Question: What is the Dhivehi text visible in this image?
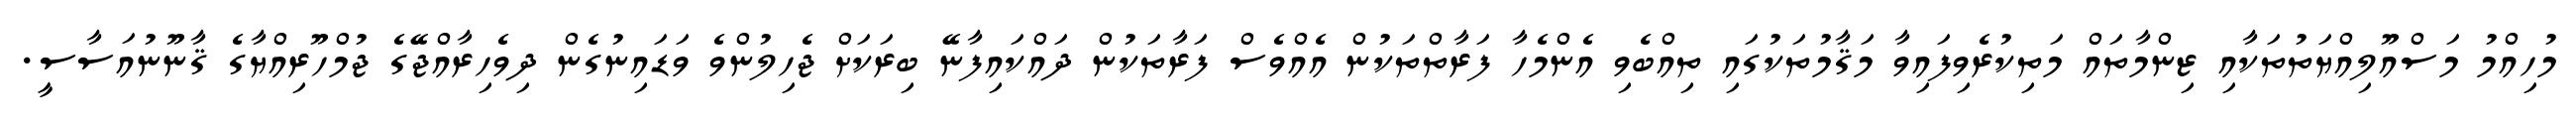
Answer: މުހިއްމު މަސްއޫލިއްޔަތުތަކާއި ޒިންމާތައް މަތިކުރެވިފައިވާ މަޤާމުތަކުގައި ތިއްބެވި އެންމެހާ ފަރާތްތަކުން އެއްވެސް ފަރާތަކުން ދައްކައިފާނޭ ބިރަކަށް ޖެހިލުންވެ ވަޑައިނުގެން ދިވެހިރާއްޖޭގެ ޖުމްހޫރިއްޔާގެ ޤާނޫނުއަސާސީ.